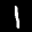
Label: 1